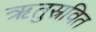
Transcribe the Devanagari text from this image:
ऋतुस्रवित